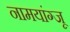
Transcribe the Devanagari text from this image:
नामयांग्जू